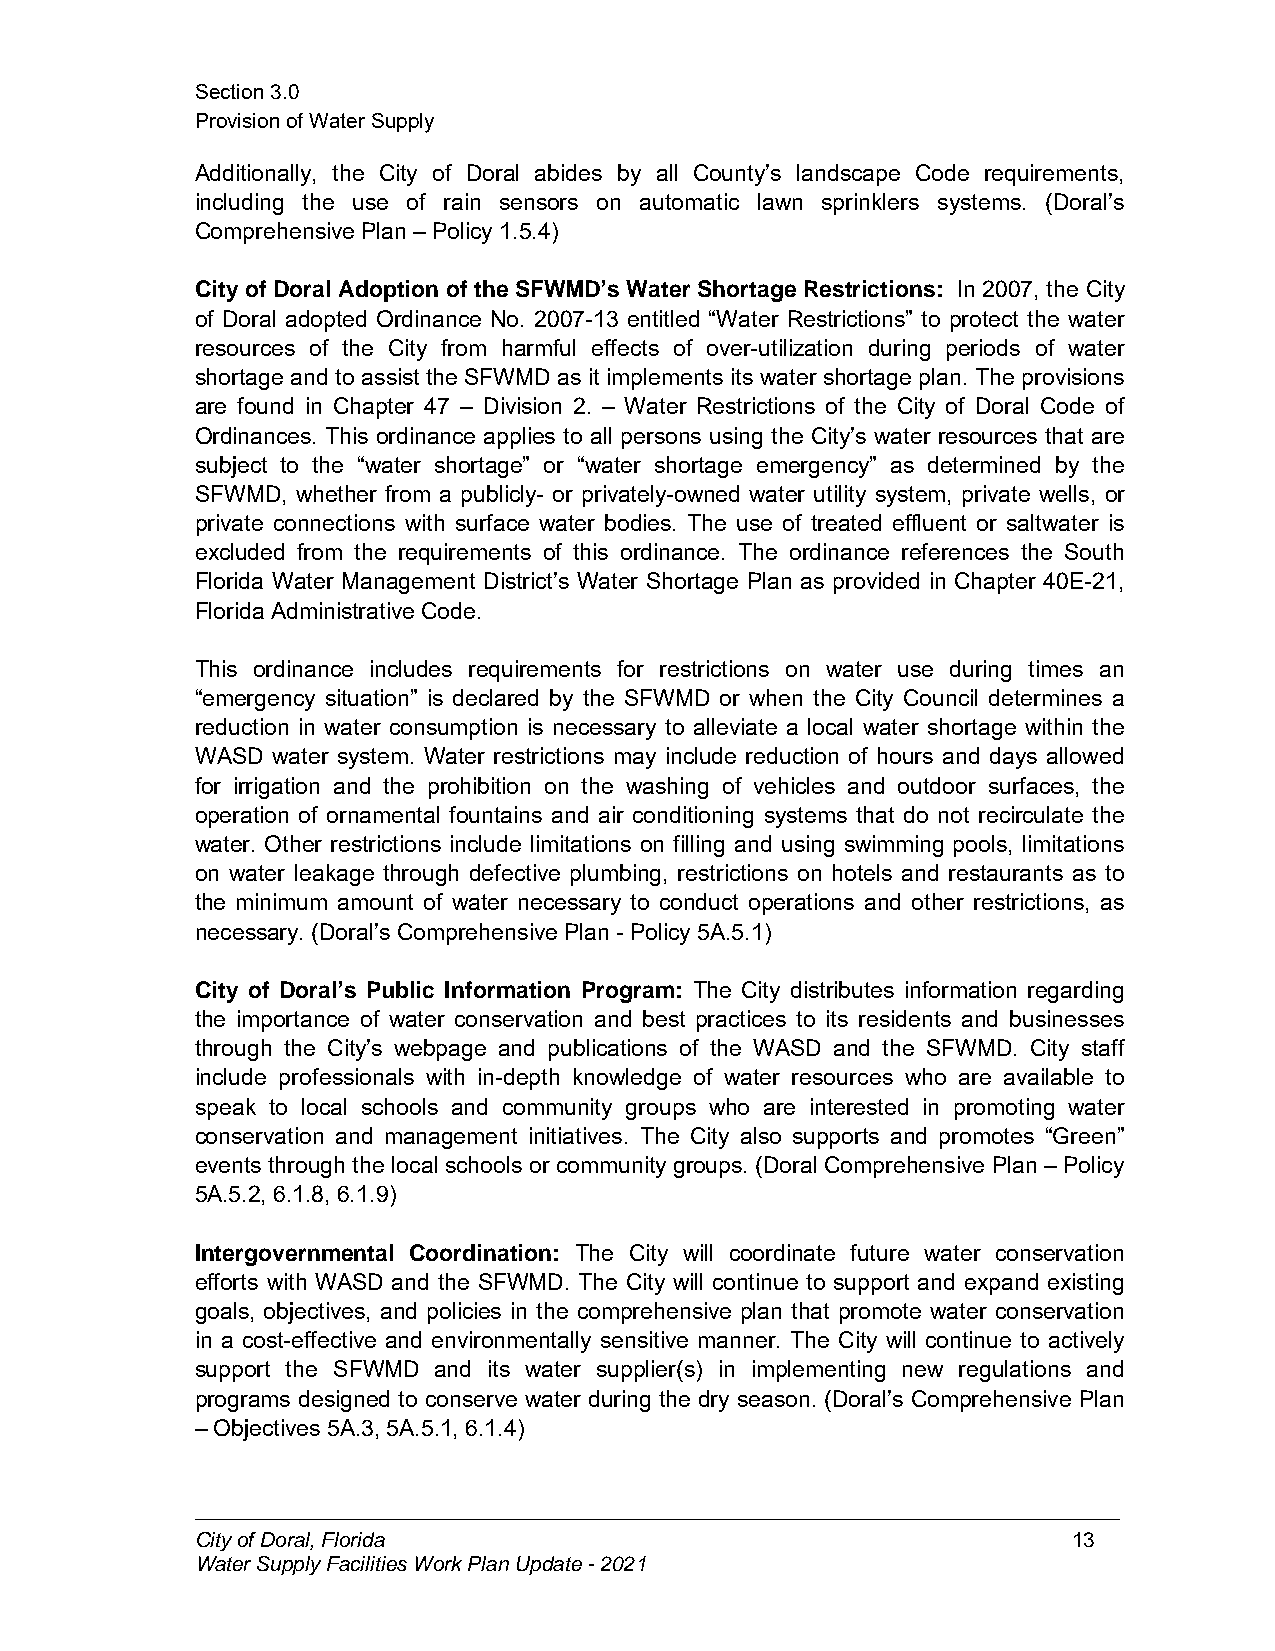
Section3.0
 ProvisionofWaterSupply
 Additionally, the City of Doral abides by all County’s landscape Code requirements,
 including the use of rain sensors on automatic lawn sprinklers systems. (Doral’s
 Comprehensive Plan– Policy 1.5.4)
 City of Doral Adoption of the SFWMD’s Water Shortage Restrictions: In 2007, the City
 of Doral adopted Ordinance No. 2007-13 entitled “Water Restrictions” to protect the water
 resources of the City from harmful effects of over-utilization during periods of water
 shortage and to assist the SFWMD as it implements its water shortage plan. The provisions
 are found in Chapter 47 – Division 2. – Water Restrictions of the City of Doral Code of
 Ordinances. This ordinance applies to all persons using the City’s water resources that are
 subject to the “water shortage” or “water shortage emergency” as determined by the
 SFWMD, whether from a publicly- or privately-owned water utility system, private wells, or
 private connections with surface water bodies. The use of treated effluent or saltwater is
 excluded from the requirements of this ordinance. The ordinance references the South
 Florida Water Management District’s Water Shortage Plan as provided in Chapter 40E-21,
 Florida Administrative Code.
 This ordinance includes requirements for restrictions on water use during times an
 “emergency situation” is declared by the SFWMD or when the City Council determines a
 reduction in water consumption is necessary to alleviate a local water shortage within the
 WASD water system. Water restrictions may include reduction of hours and days allowed
 for irrigation and the prohibition on the washing of vehicles and outdoor surfaces, the
 operation of ornamental fountains and air conditioning systems that do not recirculate the
 water. Other restrictions include limitations on filling and using swimming pools, limitations
 on water leakage through defective plumbing, restrictions on hotels and restaurants as to
 the minimum amount of water necessary to conduct operations and other restrictions, as
 necessary. (Doral’s Comprehensive Plan- Policy 5A.5.1)
 City of Doral’s Public Information Program: The City distributes information regarding
 the importance of water conservation and best practices to its residents and businesses
 through the City’s webpage and publications of the WASD and the SFWMD. City staff
 include professionals with in-depth knowledge of water resources who are available to
 speak to local schools and community groups who are interested in promoting water
 conservation and management initiatives. The City also supports and promotes “Green”
 events throughthe local schools or community groups. (Doral Comprehensive Plan – Policy
 5A.5.2, 6.1.8, 6.1.9)
 Intergovernmental Coordination: The City will coordinate future water conservation
 efforts with WASD and the SFWMD. The City will continue to support and expand existing
 goals, objectives, and policies in the comprehensive plan that promote water conservation
 in a cost-effective and environmentally sensitive manner. The City will continue to actively
 support the SFWMD and its water supplier(s) in implementing new regulations and
 programs designed to conserve water during the dry season. (Doral’s Comprehensive Plan
 – Objectives 5A.3, 5A.5.1, 6.1.4)
 CityofDoral,Florida                                       13
 WaterSupplyFacilitiesWorkPlanUpdate-2021